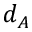
d _ { A }